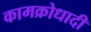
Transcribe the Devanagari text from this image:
कामक्रोधादी